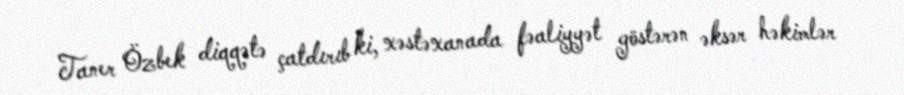
Taner Özbek diqqətə çatdırıb ki, xəstəxanada fəaliyyət göstərən əksər həkimlər